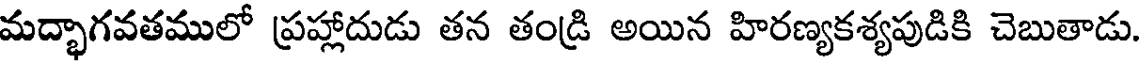
మద్భాగవతములో ప్రహ్లాదుడు తన తండ్రి అయిన హిరణ్యకశ్యపుడికి చెబుతాడు.